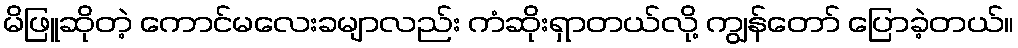
မိဖြူဆိုတဲ့ ကောင်မလေးခမျာလည်း ကံဆိုးရှာတယ်လို့ ကျွန်တော် ပြောခဲ့တယ်။